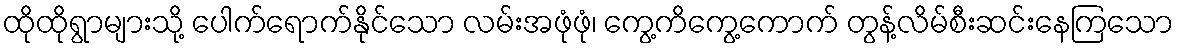
ထိုထိုရွာများသို့ ပေါက်ရောက်နိုင်သော လမ်းအဖုံဖုံ၊ ကွေ့ကိကွေ့ကောက် တွန့်လိမ်စီးဆင်းနေကြသော